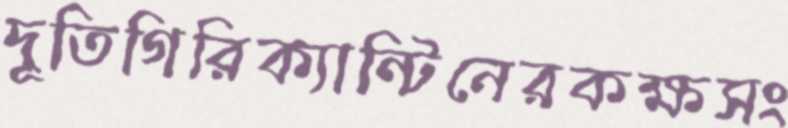
দূতিগিরিক্যান্টিনেরকক্ষসং